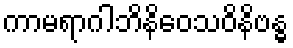
ကာမရာဂါဘိနိဝေသဝိနိဗန္ဓ